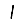
Digit: 1